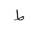
Letter: _da